Civil Veterinary Department ledger series I-VI
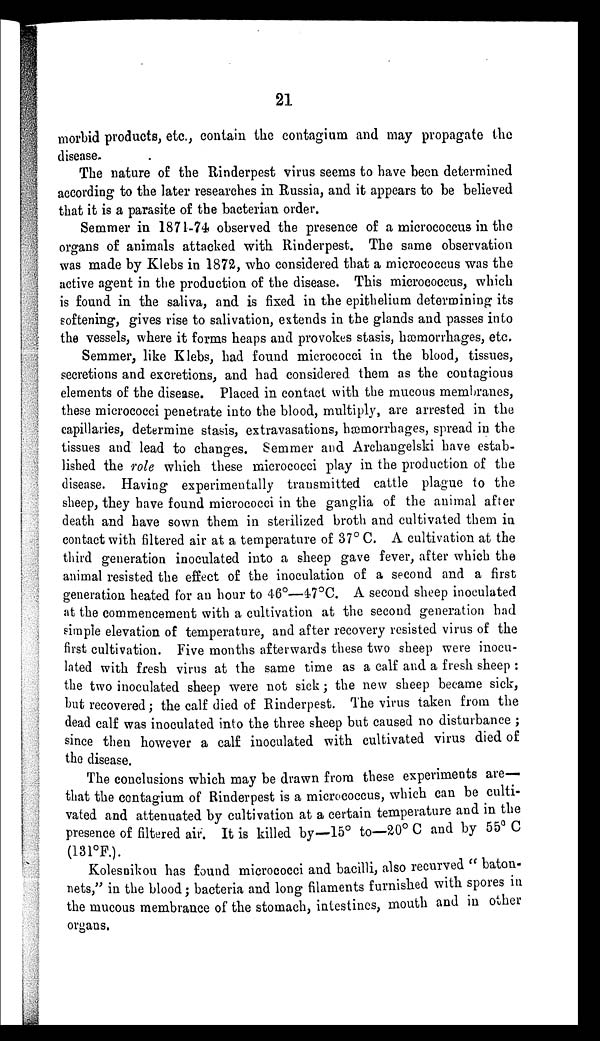
21
morbid products, etc., contain the contagium and may propagate the
disease.
The nature of the Rinderpest virus seems to have been determined
according to the later researches in Russia, and it appears to be believed
that it is a parasite of the bacterian order.
Semmer in 1871-74 observed the presence of a micrococcus in the
organs of animals attacked with Rinderpest. The same observation
was made by Klebs in 1872, who considered that a micrococcus was the
active agent in the production of the disease. This micrococcus, which
is found in the saliva, and is fixed in the epithelium determining its
softening, gives rise to salivation, extends in the glands and passes into
the vessels, where it forms heaps and provokes stasis, hæmorrhages, etc.
Semmer, like Klebs, had found micrococci in the blood, tissues,
secretions and excretions, and had considered them as the contagious
elements of the disease. Placed in contact with the mucous membranes,
these micrococci penetrate into the blood, multiply, are arrested in the
capillaries, determine stasis, extravasations, hæmorrhages, spread in the
tissues and lead to changes. Semmer and Archangelski have estab-
lished the role which these micrococci play in the production of the
disease. Having experimentally transmitted cattle plague to the
sheep, they have found micrococci in the ganglia of the animal after
death and have sown them in sterilized broth and cultivated them in
contact with filtered air at a temperature of 37° C. A cultivation at the
third generation inoculated into a sheep gave fever, after which the
animal resisted the effect of the inoculation of a second and a first
generation heated for an hour to 46°—47°C. A second sheep inoculated
at the commencement with a cultivation at the second generation had
simple elevation of temperature, and after recovery resisted virus of the
first cultivation. Five months afterwards these two sheep were inocu-
lated with fresh virus at the same time as a calf and a fresh sheep :
the two inoculated sheep were not sick ; the new sheep became sick,
but recovered; the calf died of Rinderpest. The virus taken from the
dead calf was inoculated into the three sheep but caused no disturbance ;
since then however a calf inoculated with cultivated virus died of
the disease.
The conclusions which may be drawn from these experiments are—
that the contagium of Rinderpest is a micrococcus, which can be culti-
vated and attenuated by cultivation at a certain temperature and in the
presence of filtered air. It is killed by—15° to—20° C and by 55° C
(131°F.).
Kolesnikou has found micrococci and bacilli, also recurved "baton-
nets," in the blood; bacteria and long filaments furnished with spores in
the mucous membrance of the stomach, intestines, mouth and in other
organs.